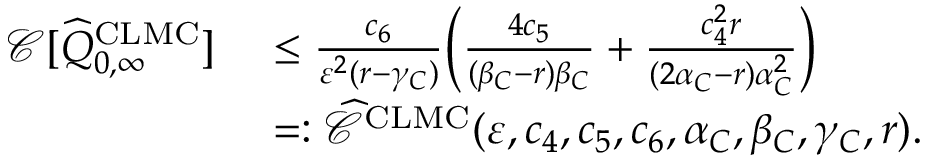
\begin{array} { r l } { \ { \mathcal { C } } [ \widehat { Q } _ { 0 , \infty } ^ { \mathrm { C L M C } } ] } & { \ \leq \frac { c _ { 6 } } { \varepsilon ^ { 2 } ( r - \gamma _ { C } ) } \bigg ( \frac { 4 c _ { 5 } } { ( \beta _ { C } - r ) \beta _ { C } } + \frac { c _ { 4 } ^ { 2 } r } { ( 2 \alpha _ { C } - r ) \alpha _ { C } ^ { 2 } } \bigg ) } \\ & { \ = : \widehat { { \mathcal { C } } } ^ { \mathrm { C L M C } } ( \varepsilon , c _ { 4 } , c _ { 5 } , c _ { 6 } , \alpha _ { C } , \beta _ { C } , \gamma _ { C } , r ) . } \end{array}